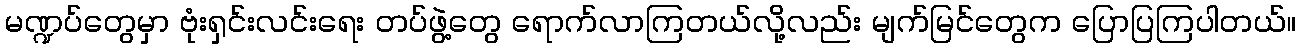
မဏ္ဍပ်တွေမှာ ဗုံးရှင်းလင်းရေး တပ်ဖွဲ့တွေ ရောက်လာကြတယ်လို့လည်း မျက်မြင်တွေက ပြောပြကြပါတယ်။